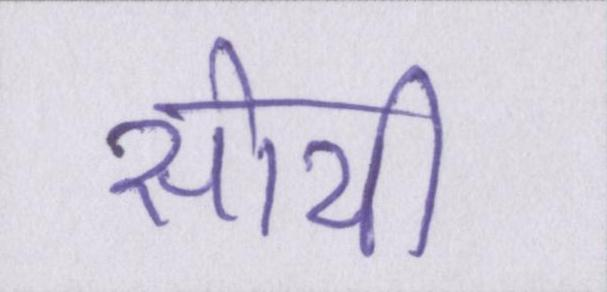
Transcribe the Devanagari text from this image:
सोयी